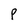
Character: P